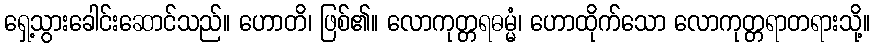
ရှေ့သွားခေါင်းဆောင်သည်။ ဟောတိ၊ ဖြစ်၏။ လောကုတ္တရဓမ္မံ၊ ဟောထိုက်သော လောကုတ္တရာတရားသို့။